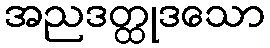
အညဒတ္ထုဒသော